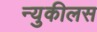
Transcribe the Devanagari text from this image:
न्युकीलस